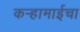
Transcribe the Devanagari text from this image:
कऱ्हामाईचा